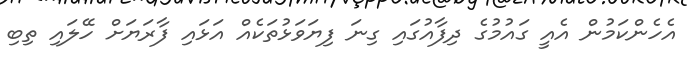
އެހެންކަމުން އެއީ ގައުމުގެ ދިފާއުގައި ގިނަ ފިޔަވަޅުތަކެއް އަޅައި ފާރަޔަށް ހޭލައި ތިބި